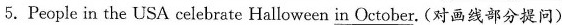
5.People in the USA celebrate Halloween in October. (对画线部分提问)